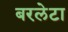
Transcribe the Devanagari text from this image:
बरलेटा